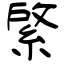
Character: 綮